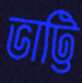
ভাট্টি